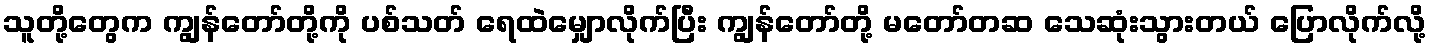
သူတို့တွေက ကျွန်တော်တို့ကို ပစ်သတ် ရေထဲမျှောလိုက်ပြီး ကျွန်တော်တို့ မတော်တဆ သေဆုံးသွားတယ် ပြောလိုက်လို့